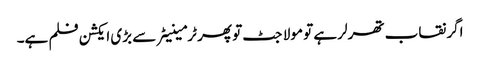
اگر نقاب تھرلر ہے تو مولا جٹ تو پھر ٹرمینیٹر سے بڑی ایکشن فلم ہے۔